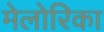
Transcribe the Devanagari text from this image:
मेलोरिका